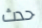
حدث